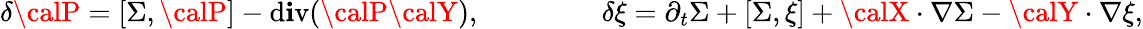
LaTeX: \delta{\calP}=[\Sigma,{\calP}]-\operatorname{d\mathbf{i}v}({\calP}\boldsymbol{\calY}),\qquad\qquad\ \delta\xi=\partial_{t}\Sigma+[\Sigma,\xi]+\boldsymbol{\calX}\cdot\nabla\Sigma-\boldsymbol{\calY}\cdot\nabla\xi,